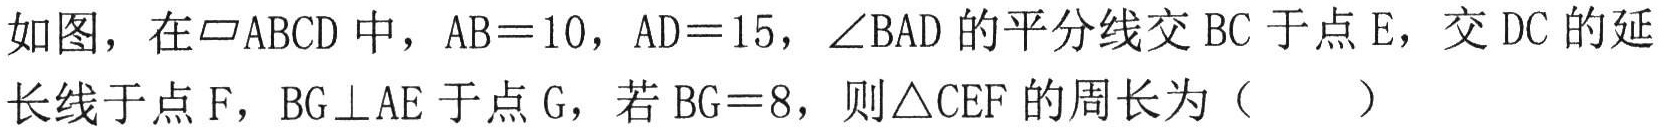
如图，在$\square ABCD$中，$AB = 10$，$AD = 15$，$\angle BAD$的平分线交$BC$于点$E$，交$DC$的延长线于点$F$，$BG\perp AE$于点$G$，若$BG = 8$，则$\triangle CEF$的周长为（  ）